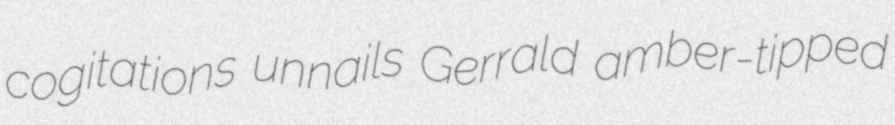
cogitations unnails Gerrald amber-tipped